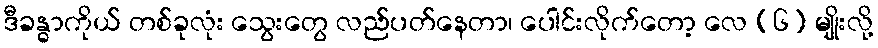
ဒီခန္ဓာကိုယ် တစ်ခုလုံး သွေးတွေ လည်ပတ်နေတာ၊ ပေါင်းလိုက်တော့ လေ (၆) မျိုးလို့